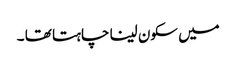
میں سکون لینا چاہتا تھا ۔